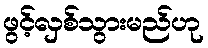
ဖွင့်လှစ်သွားမည်ဟု